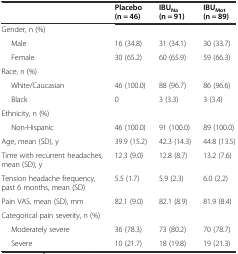
<table><thead><tr><td></td><td><b>Placebo (n = 46)</b></td><td><b>IBU<sub>Na</sub>(n = 91)</b></td><td><b>IBU<sub>Mot</sub>(n = 89)</b></td></tr></thead><tbody><tr><td>Gender, n (%)</td><td></td><td></td><td></td></tr><tr><td>Male</td><td>16 (34.8)</td><td>31 (34.1)</td><td>30 (33.7)</td></tr><tr><td>Female</td><td>30 (65.2)</td><td>60 (65.9)</td><td>59 (66.3)</td></tr><tr><td>Race, n (%)</td><td></td><td></td><td></td></tr><tr><td>White/Caucasian</td><td>46 (100.0)</td><td>88 (96.7)</td><td>86 (96.6)</td></tr><tr><td>Black</td><td>0</td><td>3 (3.3)</td><td>3 (3.4)</td></tr><tr><td>Ethnicity, n (%)</td><td></td><td></td><td></td></tr><tr><td>Non-Hispanic</td><td>46 (100.0)</td><td>91 (100.0)</td><td>89 (100.0)</td></tr><tr><td>Age, mean (SD), y</td><td>39.9 (15.2)</td><td>42.3 (14.3)</td><td>44.8 (13.5)</td></tr><tr><td>Time with recurrent headaches, mean (SD), y</td><td>12.3 (9.0)</td><td>12.8 (8.7)</td><td>13.2 (7.6)</td></tr><tr><td>Tension headache frequency, past 6 months, mean (SD)</td><td>5.5 (1.7)</td><td>5.9 (2.3)</td><td>6.0 (2.2)</td></tr><tr><td>Pain VAS, mean (SD), mm</td><td>82.1 (9.0)</td><td>82.1 (8.9)</td><td>81.9 (8.4)</td></tr><tr><td>Categorical pain severity, n (%)</td><td></td><td></td><td></td></tr><tr><td>Moderately severe</td><td>36 (78.3)</td><td>73 (80.2)</td><td>70 (78.7)</td></tr><tr><td>Severe</td><td>10 (21.7)</td><td>18 (19.8)</td><td>19 (21.3)</td></tr></tbody></table>